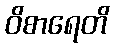
ဝိစာရေတိ